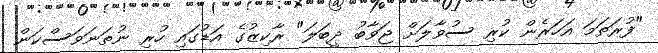
"ފުރަތަމަ އަހަރެން ކުރި ސުވާލަށް ޖަވާބު ދީބަލަ" ރާކިޒުގެ އަޑުގައި ހުރި ނުތަނަވަސްކަން